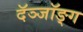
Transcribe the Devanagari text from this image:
दॅञ्जॉङ्ग